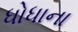
ધોધાના